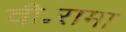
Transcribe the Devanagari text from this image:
वी॰रामा